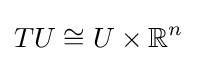
TU\cong U\times {\mathbb {R} ^{n}}